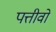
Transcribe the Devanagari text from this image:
पत्तीवो